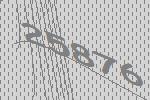
25876